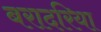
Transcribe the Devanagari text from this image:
बरादरिया